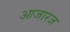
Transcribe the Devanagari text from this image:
आजारज